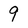
Character: 9